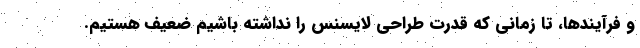
و فرآیندها، تا زمانی که قدرت طراحی لایسنس را نداشته باشیم ضعیف هستیم.